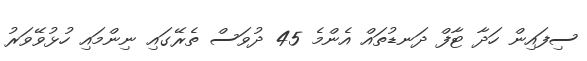
ސިފައިން ހަދާ ޓާފް ދަނޑުތައް އެންމެ 45 ދުވަސް ތެރޭގައި ނިންމައި ހުޅުވޭވަރު